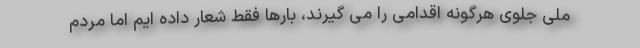
ملی جلوی هرگونه اقدامی را می گیرند، بارها فقط شعار داده ایم اما مردم